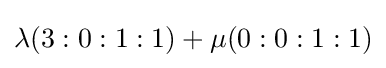
\lambda (3:0:1:1)+\mu (0:0:1:1)